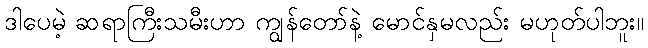
ဒါပေမဲ့ ဆရာကြီးသမီးဟာ ကျွန်တော်နဲ့ မောင်နှမလည်း မဟုတ်ပါဘူး။